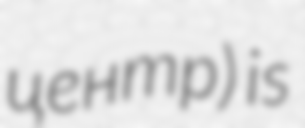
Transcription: центр) is